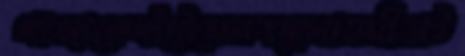
খাজাকেঘাঁটেফেলবকুলামমীরাট